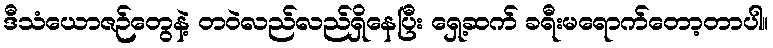
ဒီသံယောဇဉ်တွေနဲ့ တဝဲလည်လည်ရှိနေပြီး ရှေ့ဆက် ခရီးမရောက်တော့တာပါ။